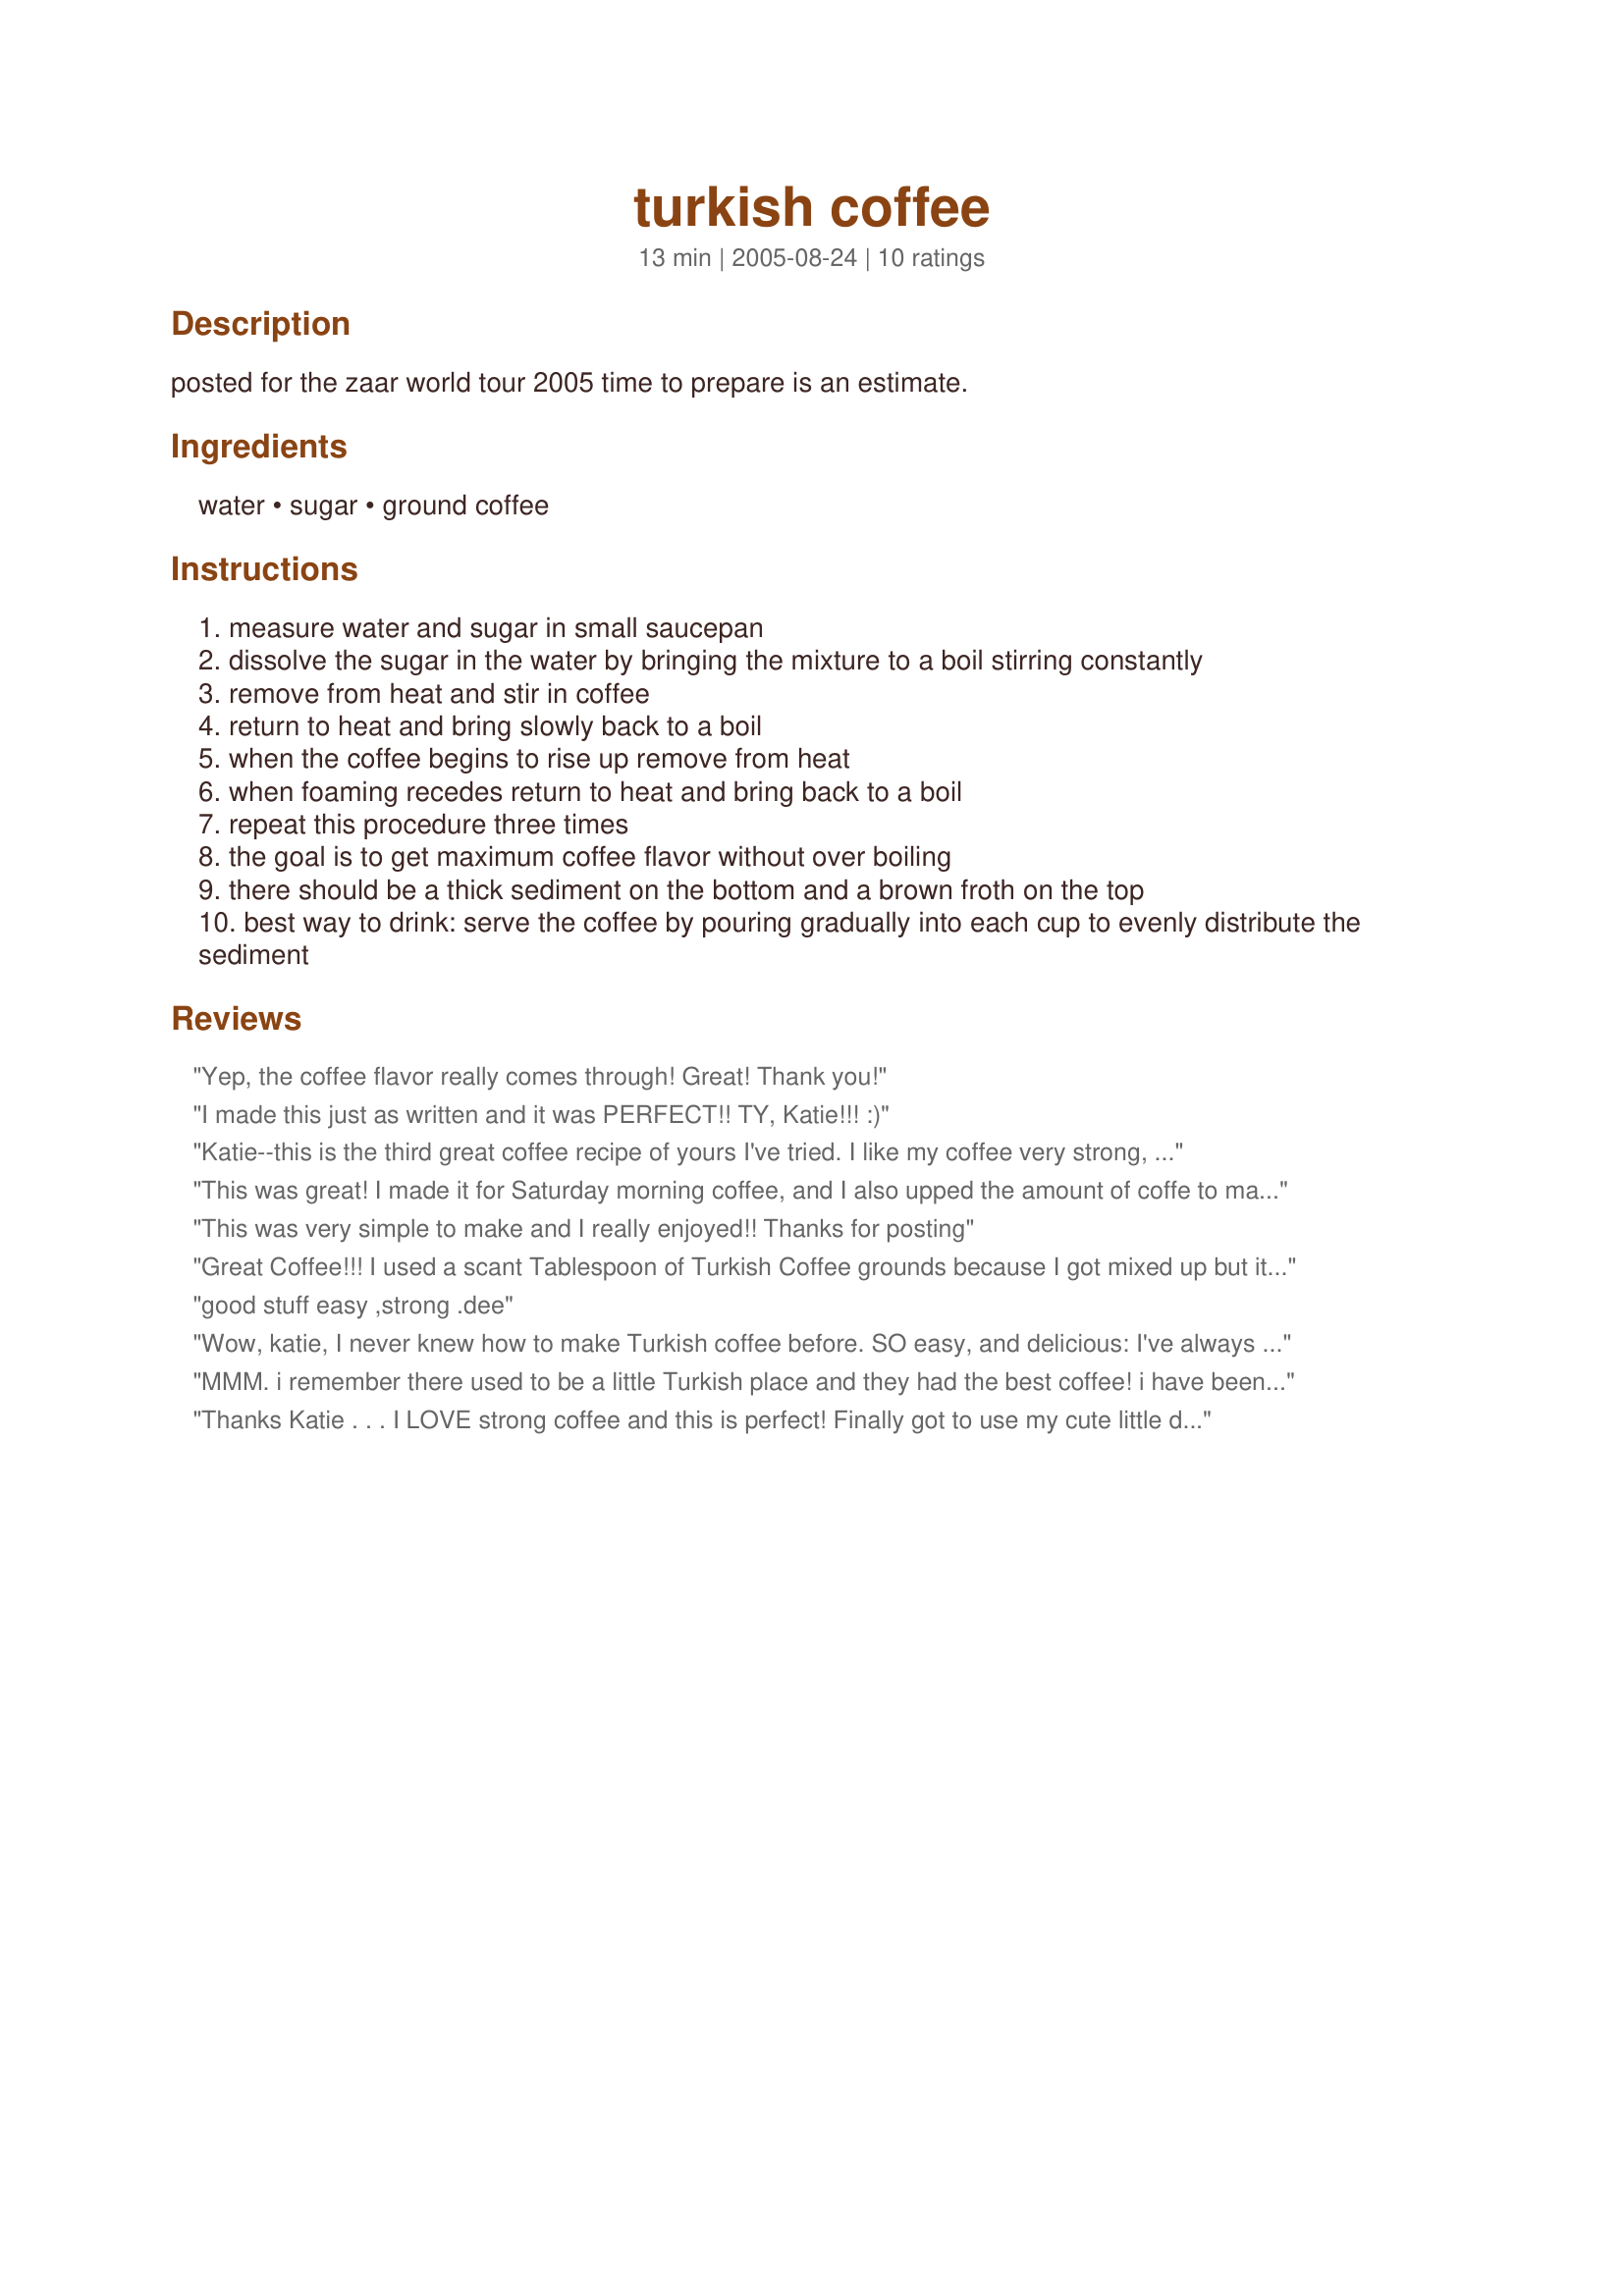
turkish coffee
Preparation time: 13 minutes

posted for the zaar world tour 2005
time to prepare is an estimate.

Ingredients:
water, sugar, ground coffee

Steps:
measure water and sugar in small saucepan
dissolve the sugar in the water by bringing the mixture to a boil stirring constantly
remove from heat and stir in coffee
return to heat and bring slowly back to a boil
when the coffee begins to rise up remove from heat
when foaming recedes return to heat and bring back to a boil
repeat this procedure three times
the goal is to get maximum coffee flavor without over boiling
there should be a thick sediment on the bottom and a brown froth on the top
best way to drink: serve the coffee by pouring gradually into each cup to evenly distribute the sediment

Reviews:
Yep, the coffee flavor really comes through! Great! Thank you!
I made this just as written and it was PERFECT!! TY, Katie!!! :)
Katie--this is the third great coffee recipe of yours I've tried. I like my coffee very strong, so I upped the amount of grounds a bit. Great result! Yet another terrific way to indulge my addiction.
This was great! I made it for Saturday morning coffee, and I also upped the amount of coffe to make it very strong.
Delicious!
Thanks for posting!
This was very simple to make and I really enjoyed!! Thanks for posting
Great Coffee!!! I used a scant Tablespoon of Turkish Coffee grounds because I got mixed up but it was so good! This is the only coffee I have been able to drink without the addition of cream. I do not miss the cream one bit! Just the right amount of sugar as well. Thanks Katie!
 good stuff easy ,strong .dee
Wow, katie, I never knew how to make Turkish coffee before. SO easy, and delicious: I've always enjoyed it in restaurants. Culinary know-how can be so empowering! This will be just great on weekend mornings when I want a coffee and have no milk in the fridge. Thanks so much for sharing this!
MMM. i remember there used to be a little Turkish place and they had the best coffee! i have been wanting this since they closed down! This tastes very similar! Thanks for posting!
Thanks Katie . . . I LOVE strong coffee and this is perfect! Finally got to use my cute little demistasse cups! Thanks for sharing
